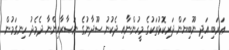
ޢަރަބި އަދި ނޫބިޔަން ދަރިކޮޅުތަކުގެ މީހުންނާއި ދެކުނު ސޫދާނުގެ ނަޞާރާއިންނާ ދެމެދު ހިނގަމުން